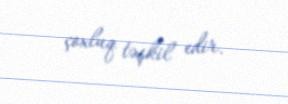
çoxluq təşkil edir.